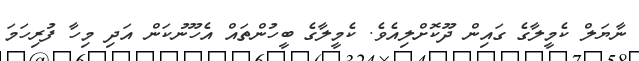
ނާޔަލް ކެމީލާގެ ގައިން ދޫކޮށްލިއެވެ. ކެމީލާގެ ބީހުންތައް އެހޫނުކަން އަދި މިހާ ފުރިހަމަ